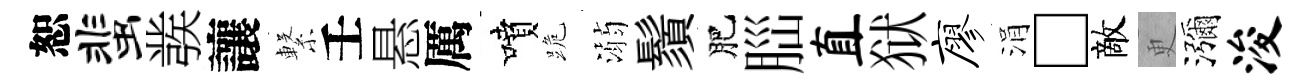
恕蜚彂讓繋壬悬厲噴跪溺鬚肥𦛁直狱廖涓□敵更瀰浚